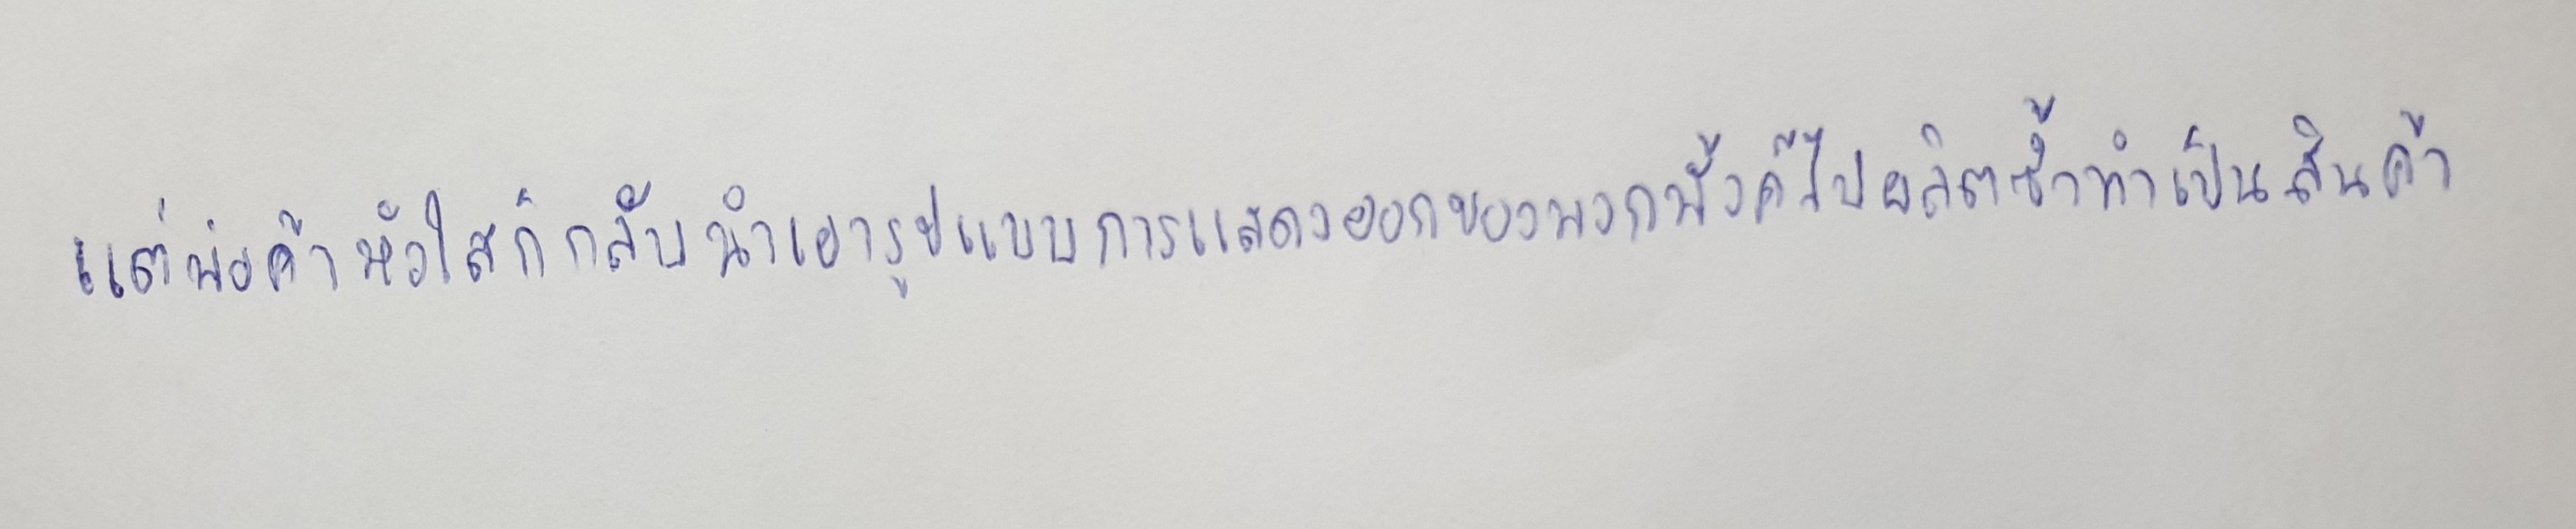
แต่พ่อค้าหัวใสก็กลับนำเอารูปแบบการแสดงออกของพวกพั้งค์ไปผลิตซ้ำทำเป็นสินค้า